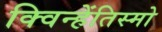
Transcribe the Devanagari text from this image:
क्विन्हेंतिस्मो